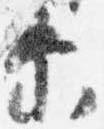
示